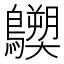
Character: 𪇐